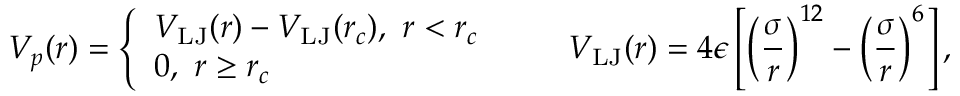
V _ { p } ( r ) = \left\{ \begin{array} { l l } { V _ { \mathrm { L J } } ( r ) - V _ { \mathrm { L J } } ( r _ { c } ) , ~ r < r _ { c } } \\ { 0 , ~ r \ge r _ { c } } \end{array} \right. \quad \quad V _ { \mathrm { L J } } ( r ) = 4 \epsilon \left[ \left( \frac { \sigma } { r } \right) ^ { 1 2 } - \left( \frac { \sigma } { r } \right) ^ { 6 } \right] ,